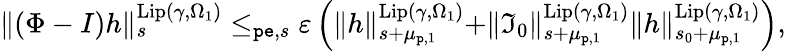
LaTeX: \begin{array}{r}{\rVert(\Phi-I)h\rVert_{s}^{\mathrm{Lip}(\gamma,\Omega_{1})}\le_{\mathtt{pe},s}\varepsilon\left(\rVert h\rVert_{s+\mu_{\mathtt{p},1}}^{\mathrm{Lip}(\gamma,\Omega_{1})}+\rVert\mathfrak{I}_{0}\rVert_{s+\mu_{\mathtt{p},1}}^{\mathrm{Lip}(\gamma,\Omega_{1})}\rVert h\rVert_{s_{0}+\mu_{\mathtt{p},1}}^{\mathrm{Lip}(\gamma,\Omega_{1})}\right),}\end{array}